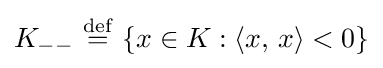
K_{--}\ {\stackrel {\mathrm {def} }{=}}\ \{x\in K:\langle x,\,x\rangle <0\}